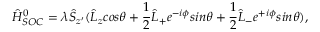
\hat { H } _ { S O C } ^ { 0 } = \lambda \hat { S } _ { z ^ { \prime } } ( \hat { L } _ { z } c o s \theta + \frac { 1 } { 2 } \hat { L } _ { + } e ^ { - i \phi } s i n \theta + \frac { 1 } { 2 } \hat { L } _ { - } e ^ { + i \phi } s i n \theta ) ,